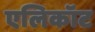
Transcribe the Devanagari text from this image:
एलिकॉट